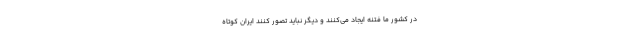
در کشور ما فتنه ایجاد می‌کنند و دیگر نباید تصور کنند ایران کوتاه